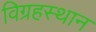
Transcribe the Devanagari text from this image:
विग्रहस्थान